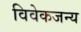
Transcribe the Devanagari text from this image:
विवेकजन्य